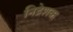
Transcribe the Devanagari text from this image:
निद्रेशक